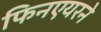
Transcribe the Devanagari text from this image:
फिनएयरने